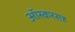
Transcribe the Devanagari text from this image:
ऑस्करसह